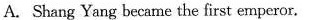
A.Shang Yang became the first emperor.